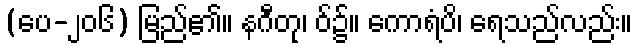
(ပေ-၂၀၆) မြည်၏။ နဂီတု၊ ဝ်၌။ ကောရံပိ၊ ရေသည်လည်း။